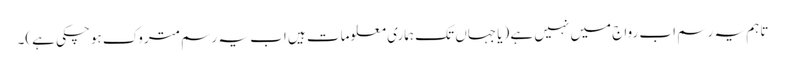
تاہم یہ رسم اب رواج میں نہیں ہے (یا جہاں تک ہماری معلومات ہیں اب یہ رسم متروک ہوچکی ہے)۔